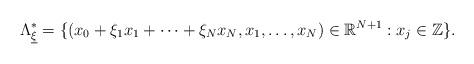
LaTeX: \begin{align*}\Lambda_{\underline{\xi}}^{\ast}=\{ (x_{0}+\xi_{1}x_{1}+\cdots+\xi_{N}x_{N}, x_{1},\ldots,x_{N})\in\mathbb{R}^{N+1}: x_{j}\in\mathbb{Z}\}.\end{align*}